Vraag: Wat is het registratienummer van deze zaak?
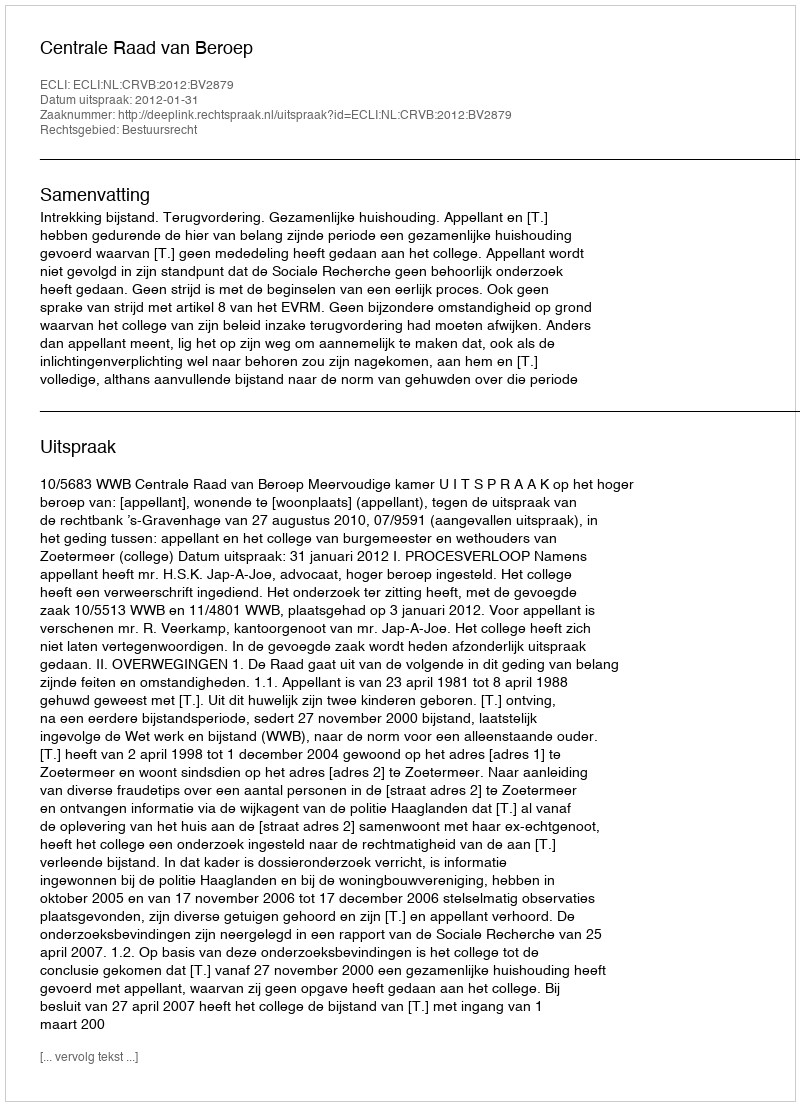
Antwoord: http://deeplink.rechtspraak.nl/uitspraak?id=ECLI:NL:CRVB:2012:BV2879